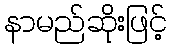
နာမည်ဆိုးဖြင့်